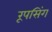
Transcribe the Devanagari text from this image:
रूपसिंग